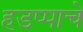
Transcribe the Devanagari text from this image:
हडप्पाचे